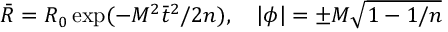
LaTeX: \bar { R } = R _ { 0 } \exp ( - M ^ { 2 } \bar { t } ^ { 2 } / 2 n ) , \quad \left| \phi \right| = \pm M \sqrt { 1 - 1 / n }